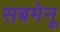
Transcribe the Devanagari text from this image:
सबमेनू